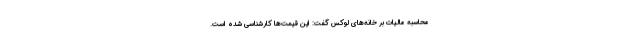
محاسبه مالیات بر خانه‌های لوکس گفت: این قیمت‌ها کارشناسی شده است.